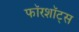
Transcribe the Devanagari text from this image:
फॉरशॉट्स